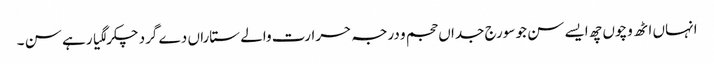
انہاں اٹھ وچو‏ں چھ ایسے سن جو سورج جداں حجم و درجہ حرارت والے ستاراں دے گرد چکر لگیا رہے سن ۔